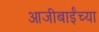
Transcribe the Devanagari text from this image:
आजीबाईंच्या